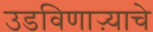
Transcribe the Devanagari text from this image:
उडविणाऱ्याचे